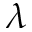
\lambda